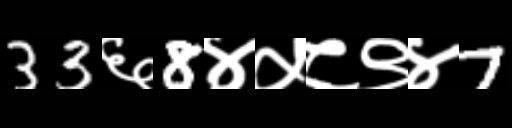
Text: 33६8४५८९४7